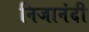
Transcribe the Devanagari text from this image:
निजानंदी